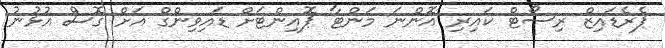
ޕެރެޑައިޒް ރިސޯޓް ކައިރި އޮންނަ މަންޓާ ޕޮއިންޓަށް ޑައިވިންގް އަށް ގޮސް އުޅުނު